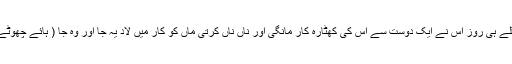
اگلے ہی روز اس نے ایک دوست سے اس کی کھٹارہ کار مانگی اور ناں ناں کرتی ماں کو کار میں لاد یہ جا اور وہ جا ( ہائے چھوٹے!